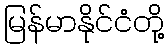
မြန်မာနိုင်ငံတို့